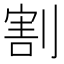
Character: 割